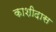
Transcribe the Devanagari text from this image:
काशीदास